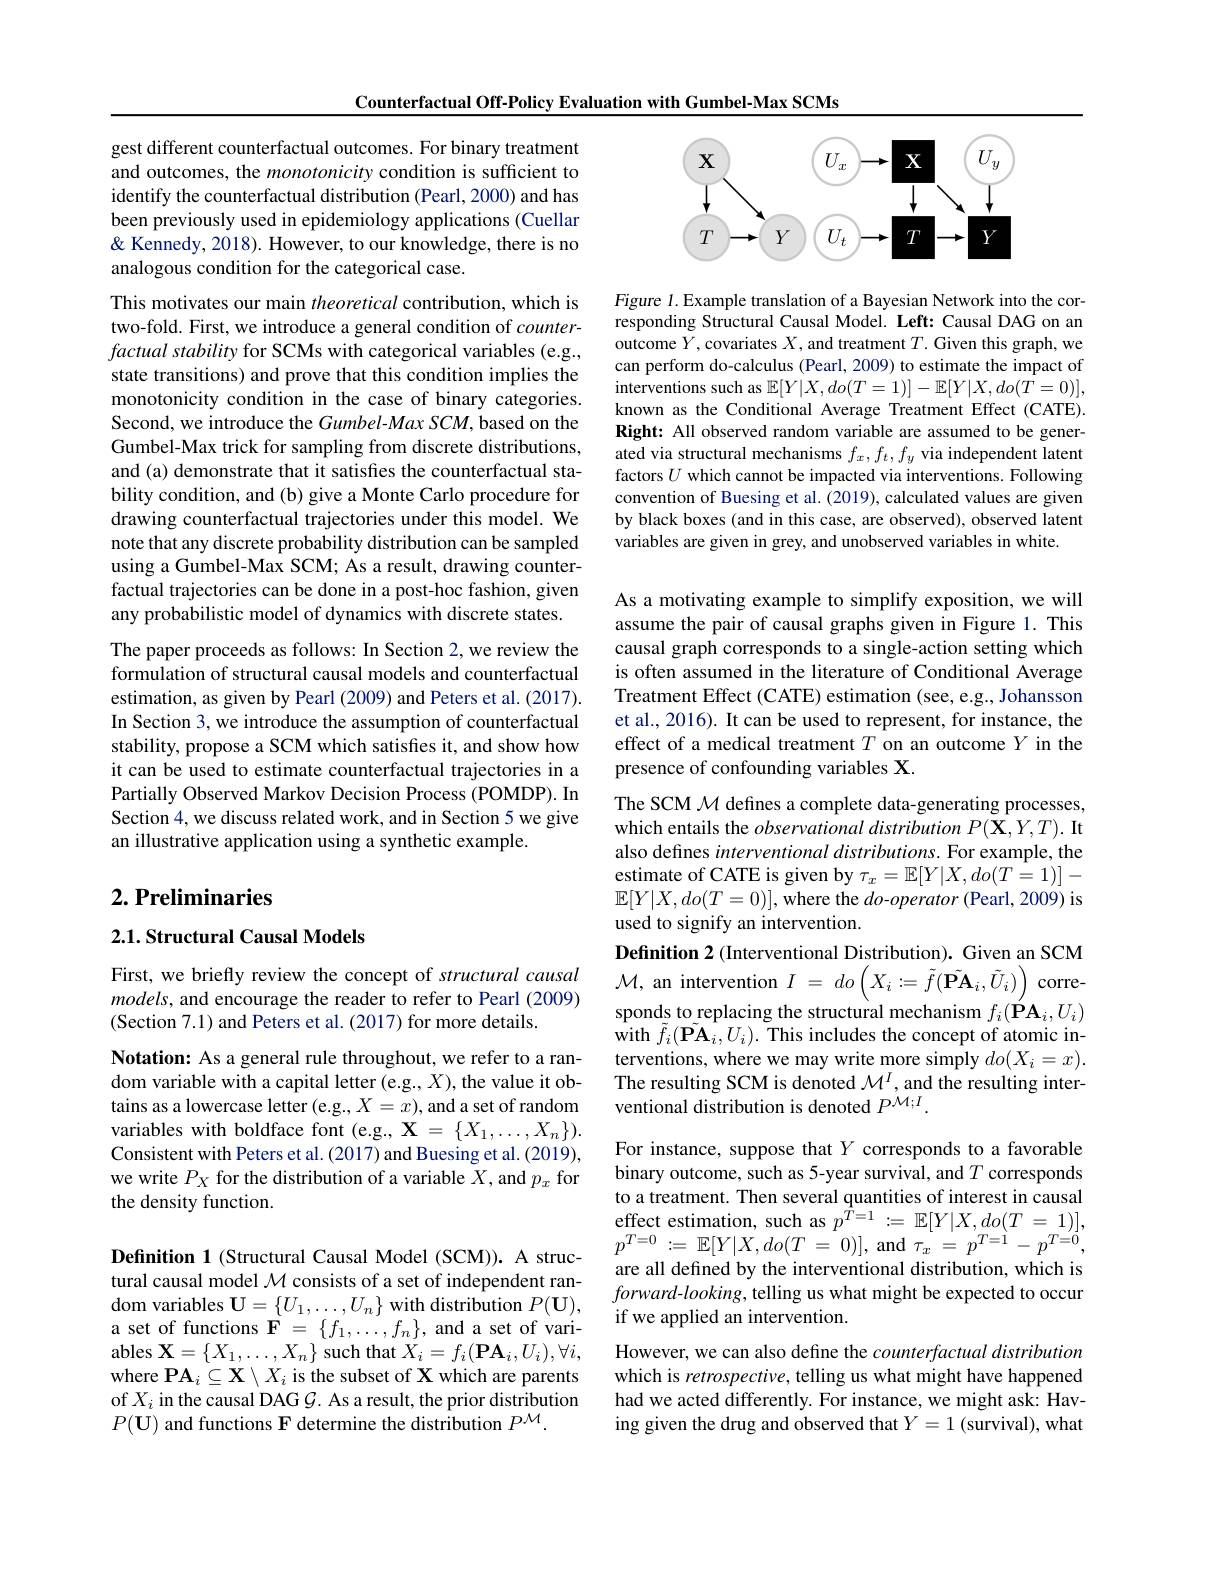
Counterfactual Off-Policy Evaluation with Gumbel-Max SCMs

gest different counterfactual outcomes. For binary treatment and outcomes, the monotonicity condition is sufficient to identify the counterfactual distribution (Pearl, 2000) and has been previously used in epidemiology applications (Cuellar & Kennedy, 2018). However, to our knowledge, there is no analogous condition for the categorical case.

This motivates our main theoretical contribution, which is two-fold. First, we introduce a general condition of counter- $factual\textit{ stability for SCMs with categorical variables ( e. g. , }$ state transitions) and prove that this condition implies the monotonicity condition in the case of binary categories. Second, we introduce the Gumbel-Max SCM, based on the Gumbel-Max trick for sampling from discrete distributions, and (a) demonstrate that it satisfies the counterfactual stability condition, and (b) give a Monte Carlo procedure for drawing counterfactual trajectories under this model. We note that any discrete probability distribution can be sampled using a Gumbel-Max SCM; As a result, drawing counterfactual trajectories can be done in a post-hoc fashion, given any probabilistic model of dynamics with discrete states. The paper proceeds as follows: In Section 2, we review the formulation of structural causal models and counterfactual estimation, as given by Pearl (2009) and Peters et al. (2017). In Section 3, we introduce the assumption of counterfactual stability, propose a SCM which satisfies it, and show how it can be used to estimate counterfactual trajectories in a Partially Observed Markov Decision Process (POMDP). In Section 4, we discuss related work, and in Section 5 we give an illustrative application using a synthetic example.

## $2. \textbf{Preliminaries}$

## 2.1. Structural Causal Models

First, we briefly review the concept of structural causal $models$, and encourage the reader to refer to Pearl (2009) (Section 7.1) and Peters et al. (2017) for more details.

Notation: As a general rule throughout, we refer to a random variable with a capital letter (e.g., X), the value it obtains as a lowercase letter (e.g., $X=x)$, and a set of random variables with boldface font (e.g., $\mathbf{X}=\{X_1,\ldots,X_n\}).$ Consistent with Peters et al. (2017) and Buesing et al. (2019), we write $P_X$ for the distribution of a variable $X$, and $p_x$ for the density function.

Definition 1 (Structural Causal Model (SCM)). A structural causal model $\mathcal{M}$ consists of a set of independent random variables $\mathbf{U}=\{U_1,\ldots,U_n\}$ with distribution $P(\mathbf{U})$, a set of functions $\mathbf{F}=\{f_1,\ldots,f_n\}$, and a set of vari- ${\mathrm{ables~X}}=\{X_{1},\ldots,X_{n}\}{\mathrm{~such~that~}}X_{i}=f_{i}(\mathbf{PA}_{i},U_{i}),\forall i$, where $\mathbf{PA}_i\subseteq\mathbf{X}\setminus X_i$ is the subset of X which are parents of $X_i$ in the causal DAG $\mathcal{G}.$ As a result, the prior distribution $P(\mathbf{U})$ and functions F determine the distribution $P^{\mathcal{M}}.$

<FigureHere>

Figure 1. Example translation of a Bayesian Network into the corresponding Structural Causal Model. Left: Causal DAG on an outcome $Y$,covariates $X$, and treatment $T.$ Given this graph, we can perform do-calculus (Pearl, 2009) to estimate the impact of interventions such as $\mathbb{E}[Y|X,do(T=1)]-\mathbb{E}[Y|X,do(T=0)]$, known as the Conditional Average Treatment Effect (CATE). Right: All observed random variable are assumed to be generated via structural mechanisms $f_x,f_t,f_y$ via independent latent factors $U$ which cannot be impacted via interventions. Following convention of Buesing et al. (2019), calculated values are given by black boxes (and in this case, are observed), observed latent variables are given in grey, and unobserved variables in white.

As a motivating example to simplify exposition, we will assume the pair of causal graphs given in Figure 1. This causal graph corresponds to a single-action setting which is often assumed in the literature of Conditional Average Treatment Effect (CATE) estimation (see, e.g., Johansson et al., 2016). It can be used to represent, for instance, the effect of a medical treatment $T$ on an outcome $Y$ in the presence of confounding variables X.

The SCM $\mathcal{M}$ defines a complete data-generating processes, which entails the observational distribution $P(\mathbf{X},Y,T).$ It also defines interventional distributions. For example, the estimate of CATE is given by $\tau_x=\mathbb{E}[Y|X,do(T=1)]-$ $\mathbb{E}[Y|X,do(T=0)]$, where the $do$-operator (Pearl, 2009) is used to signify an intervention.
Definition 2 (Interventional Distribution). Given an SCM $\mathcal{M}$, an intervention $I$ = $do\left ( X_{i}: = \tilde{f} ( \tilde{\mathbf{PA}} _{i}, \tilde{U} _{i}) \right )$ corresponds to replacing the structural mechanism $f_i(\vec{\mathbf{P}}\mathbf{A}_i,U_i)$ with $\tilde{f}_{i}(\tilde{\mathbf{PA}}_{i},U_{i}).$ This includes the concept of atomic interventions, where we may write more simply $do(X_i=x).$ The resulting SCM is denoted $\mathcal{M}^I$, and the resulting interventional distribution is denoted $P^{\acute{\mathcal{M}};I}.$
For instance, suppose that $Y$ corresponds to a favorable binary outcome, such as 5-year survival, and $T$ corresponds to a treatment. Then several quantities of interest in causal $\begin{array}{l}{\text{effect estimation, such as }p^{T=1}:=\mathbb{E}[Y|X,do(T=1)],}\\{p^{T=0}:=\mathbb{E}[Y|X,do(T\:=\:0)],\mathrm{~and~}\tau_{x}\:=\:p^{T=1}-p^{T=0},}\end{array}$ are all defined by the interventional distribution, which is $forward-looking$, telling us what might be expected to occur if we applied an intervention.
However, we can also define the counterfactual distribution which is retrospective, telling us what might have happened had we acted differently. For instance, we might ask: Having given the drug and observed that $Y=1$ (survival), what